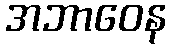
အဘာဝေန